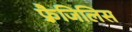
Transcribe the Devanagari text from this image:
फ़्रैजिलिस